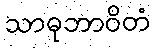
သာဓုဘာဝိတံ